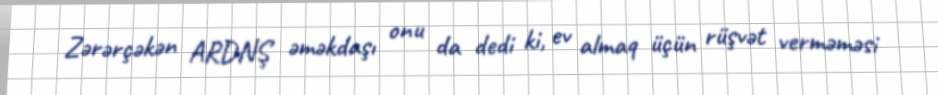
Zərərçəkən ARDNŞ əməkdaşı onu da dedi ki, ev almaq üçün rüşvət verməməsi